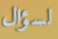
لسؤال